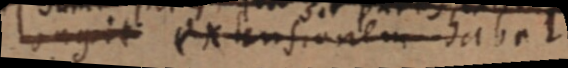
longit extensionem habet